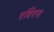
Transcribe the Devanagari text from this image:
एविएस